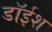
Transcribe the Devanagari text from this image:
डॉईश